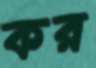
কর